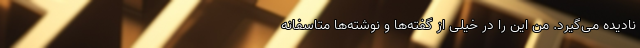
نادیده می‌گیرد. من این را در خیلی از گفته‌ها و نوشته‌ها متاسفانه